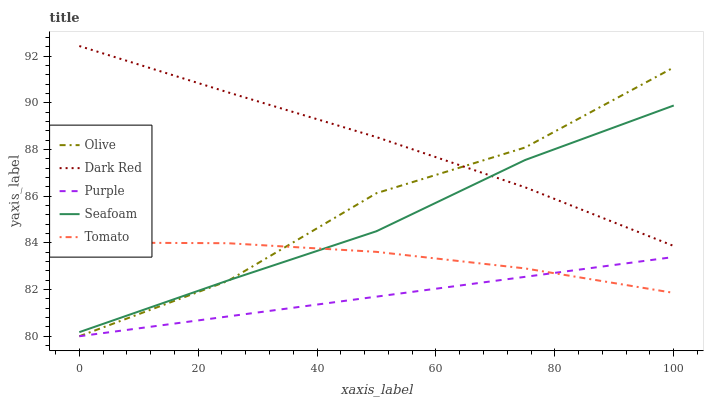
| xaxis_label | Olive | Dark Red | Purple | Seafoam | Tomato |
 | --- | --- | --- | --- | --- | --- |
 | 0 | 80 | 92.4 | 80 | 80.2 | 84 |
 | 25 | 82.4 | 90.4 | 80.8 | 82.4 | 84 |
 | 50 | 86.1 | 88.5 | 81.7 | 84.5 | 83.6 |
 | 75 | 88.1 | 86.4 | 82.5 | 87.5 | 82.9 |
 | 100 | 91.5 | 83.9 | 83.4 | 89.9 | 81.9 |